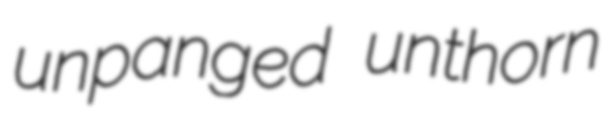
unpanged unthorn